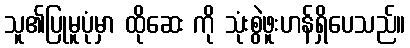
သူ၏ပြုမူပုံမှာ ထိုဆေး ကို သုံးစွဲဖူးဟန်ရှိပေသည်။